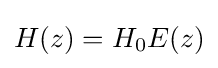
H(z)=H_{0}E(z)